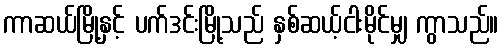
ကာဆယ်မြို့နှင့် ပက်ဒင်းမြို့သည် နှစ်ဆယ့်ငါးမိုင်မျှ ကွာသည်။